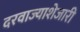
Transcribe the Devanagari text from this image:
दरवाज्याशेजारी